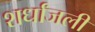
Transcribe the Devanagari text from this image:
शर्धांजली